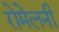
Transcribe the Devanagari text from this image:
रोमेलनी